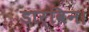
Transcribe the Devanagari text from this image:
डार्विन।